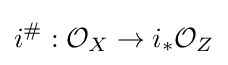
i^{\#}:{\mathcal {O}}_{X}\to i_{*}{\mathcal {O}}_{Z}